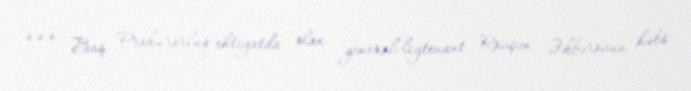
*** Baş Prokurorluq ehtiyatda olan general-leytenant Rövşən Əkbərovun həbs